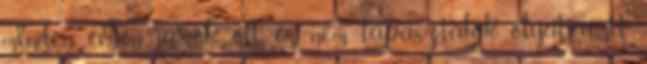
minden évben járok ott és nem tapasztalok olyat, amit